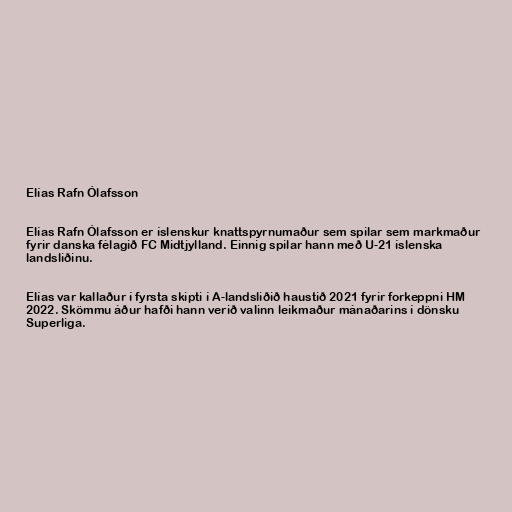
Elías Rafn Ólafsson

Elías Rafn Ólafsson er íslenskur knattspyrnumaður sem spilar sem markmaður
fyrir danska félagið FC Midtjylland. Einnig spilar hann með U-21 íslenska
landsliðinu.

Elías var kallaður í fyrsta skipti í A-landsliðið haustið 2021 fyrir forkeppni HM
2022. Skömmu áður hafði hann verið valinn leikmaður mánaðarins í dönsku
Superliga.